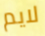
لايم